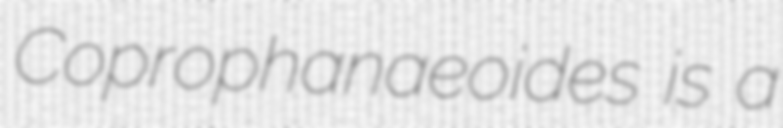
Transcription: Coprophanaeoides is a